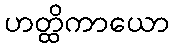
ဟတ္ထိကာယော